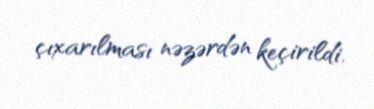
çıxarılması nəzərdən keçirildi.